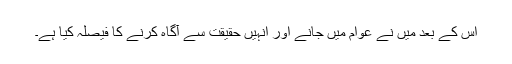
اس کے بعد میں نے عوام میں جانے اور انہیں حقیقت سے آگاہ کرنے کا فیصلہ کیا ہے۔